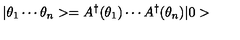
| \theta _ { 1 } \cdots \theta _ { n } > = A ^ { \dagger } ( \theta _ { 1 } ) \cdots A ^ { \dagger } ( \theta _ { n } ) | 0 >